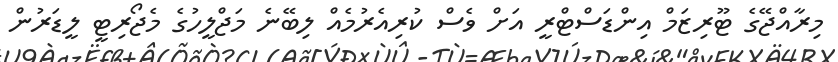
މިރާއްޖޭގެ ޓޫރިޒަމް އިންޑަސްޓްރީ އަށް ވެސް ކުރިއެރުމެއް ލިބޭނެ މަޖްލީހުގެ މެޖޯރިޓީ ލީޑަރުން